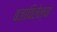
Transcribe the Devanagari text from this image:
बजाविलेल्या